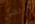
رفضي